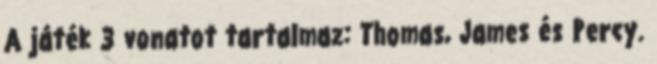
A játék 3 vonatot tartalmaz: Thomas, James és Percy.